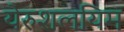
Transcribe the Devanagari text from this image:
येरुशलयिम